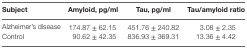
<table><thead><tr><td><b>Subject</b></td><td><b>Amyloid, pg/ml</b></td><td><b>Tau, pg/ml</b></td><td><b>Tau/amyloid ratio</b></td></tr></thead><tbody><tr><td>Alzheimer’s disease</td><td>174.87 ± 62.15</td><td>451.76 ± 240.82</td><td>3.08 ± 2.35</td></tr><tr><td>Control</td><td>90.62 ± 42.35</td><td>836.93 ± 369.31</td><td>13.36 ± 4.42</td></tr></tbody></table>